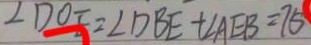
\angle D O E = \angle D B E + \angle A E B = 7 5